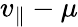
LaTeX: v_{\parallel}-\mu